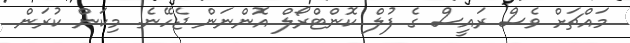
މައްޗަށް ވެސް ރައީސް ގެ ފުލް ކޮންޓްރޯލް އޮންނަން ޖެހޭނެ. މިކަން ކުރަން